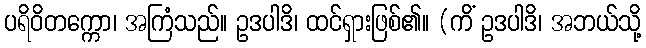
ပရိဝိတက္ကော၊ အကြံသည်။ ဥဒပါဒိ၊ ထင်ရှားဖြစ်၏။ (ကိံ ဥဒပါဒိ၊ အဘယ်သို့